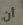
أن